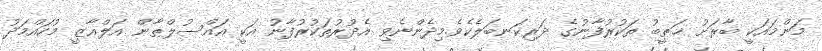
މަންމައަކީ ބާރަށު ޚަޠީބު ތަކުރުފާނުގެ ދަރިކަނބަލެކެވެ.މިދެންނެވި އެދުރުތަކުރުފާނު އަކީ އައްސުލްޠާން އަލްޣާޒީ މުހައްމަދު